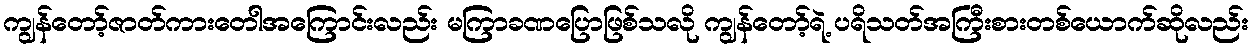
ကျွန်တော့်ဇာတ်ကားတေါအကြောင်းလည်း မကြာခဏပြောဖြစ်သလို ကျွန်တော့်ရဲ့ ပရိသတ်အကြီးစားတစ်ယောက်ဆိုလည်း